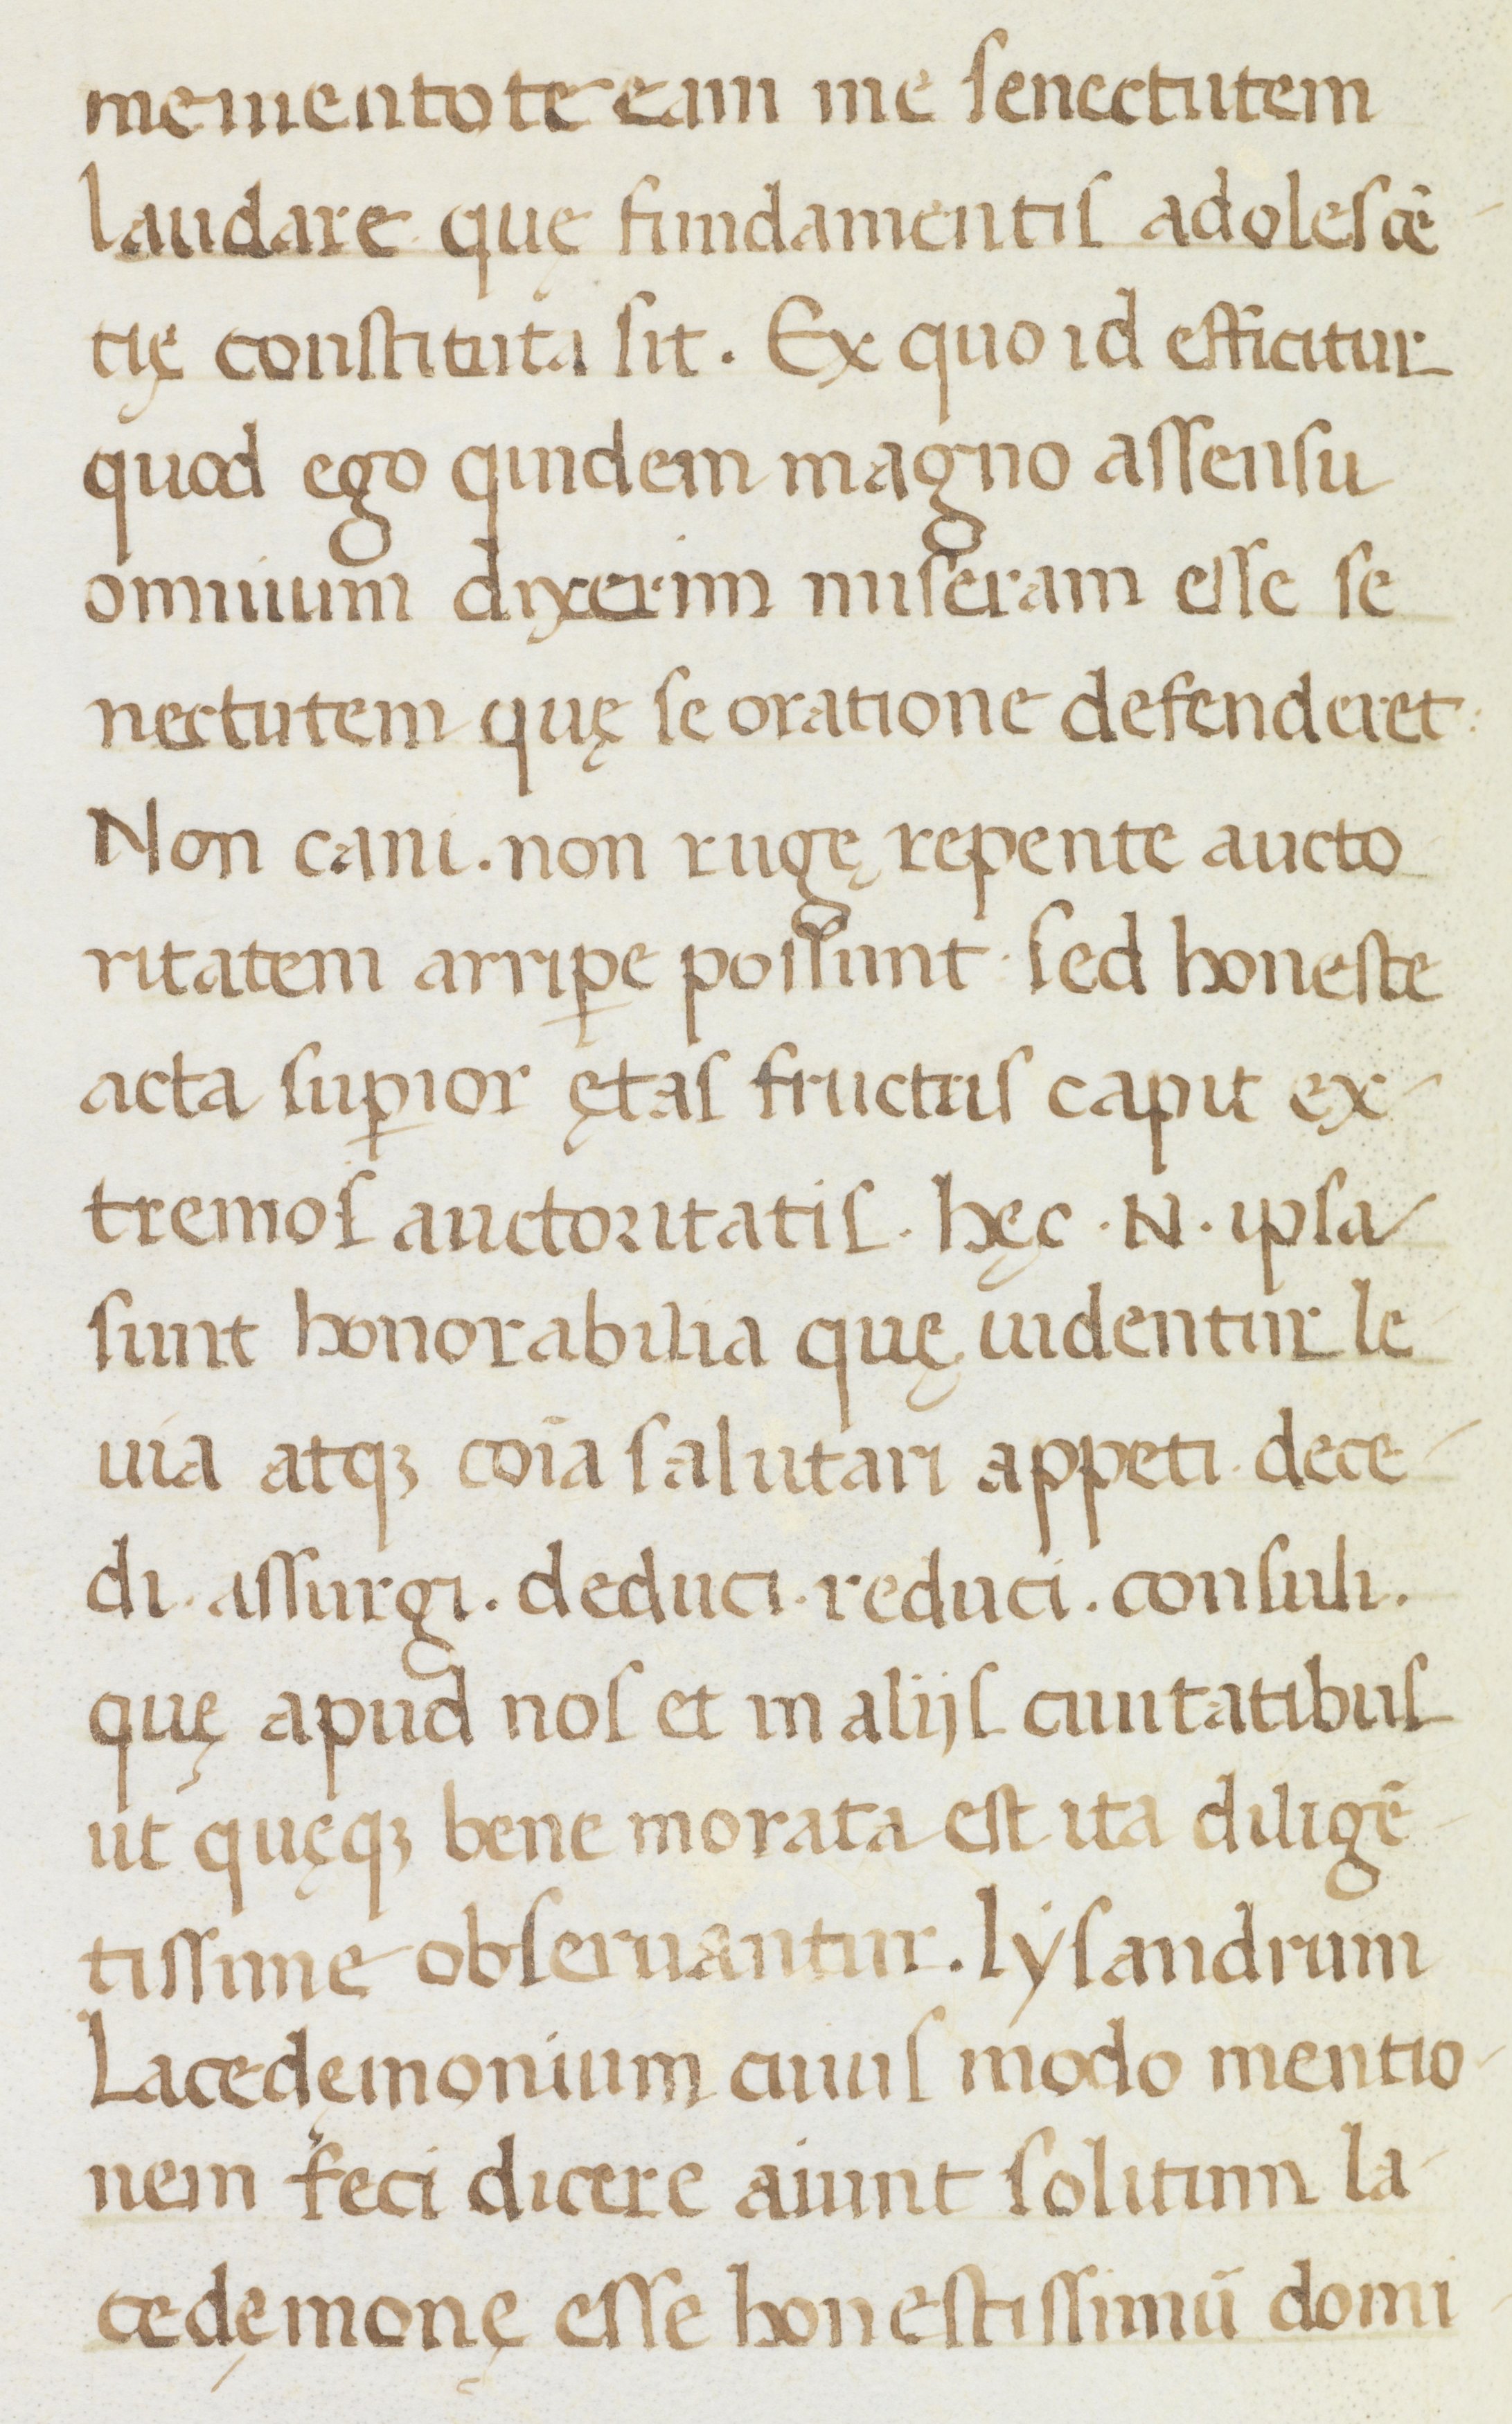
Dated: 1400–1499